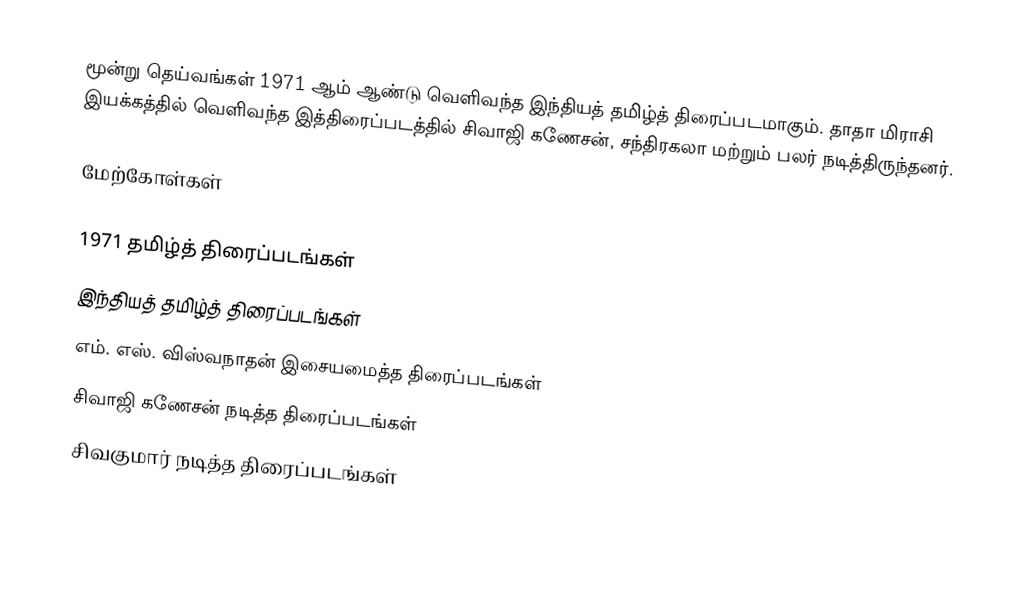
மூன்று தெய்வங்கள் 1971 ஆம் ஆண்டு வெளிவந்த இந்தியத் தமிழ்த் திரைப்படமாகும். தாதா மிராசி இயக்கத்தில் வெளிவந்த இத்திரைப்படத்தில் சிவாஜி கணேசன், சந்திரகலா மற்றும் பலர் நடித்திருந்தனர்.

மேற்கோள்கள்

1971 தமிழ்த் திரைப்படங்கள்
இந்தியத் தமிழ்த் திரைப்படங்கள்
எம். எஸ். விஸ்வநாதன் இசையமைத்த திரைப்படங்கள்
சிவாஜி கணேசன் நடித்த திரைப்படங்கள்
சிவகுமார் நடித்த திரைப்படங்கள்